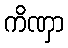
ကိဏှာ